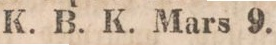
K. B. K. Mars 9.